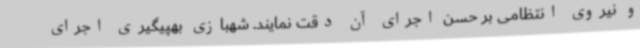
و نیروی انتظامی بر حسن اجرای آن دقت نمایند. شهبازی بهپیگیری اجرای